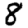
Digit: 8